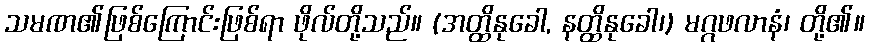
သမဏ၏ဖြစ်ကြောင်းဖြစ်ရာ ဖိုလ်တို့သည်။ (အတ္ထိနုခေါ, နတ္ထိနုခေါ၊) မဂ္ဂဖလာနံ၊ တို့၏။